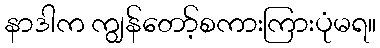
နာဒါက ကျွန်တော့်စကားကြားပုံမရ။